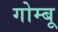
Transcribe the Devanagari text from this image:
गोम्बू